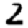
Digit: 2